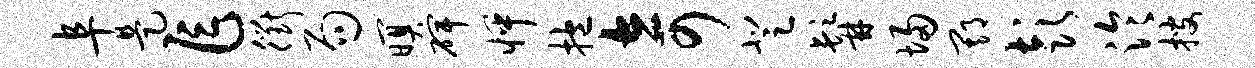
阜是乍衢局暝碑怦抱奇登髯埽期彭泠搜